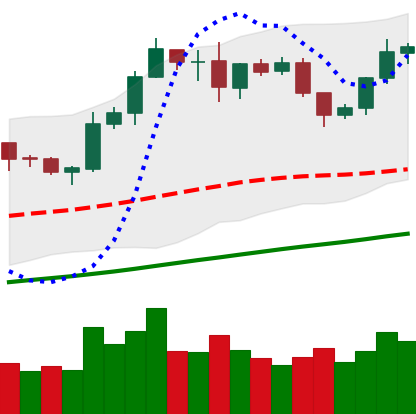
Ticker: LTC-USD
Chart end date: 2019-06-08
Forward return: 10.797%
Label: up_7plus